Indian Medical Review
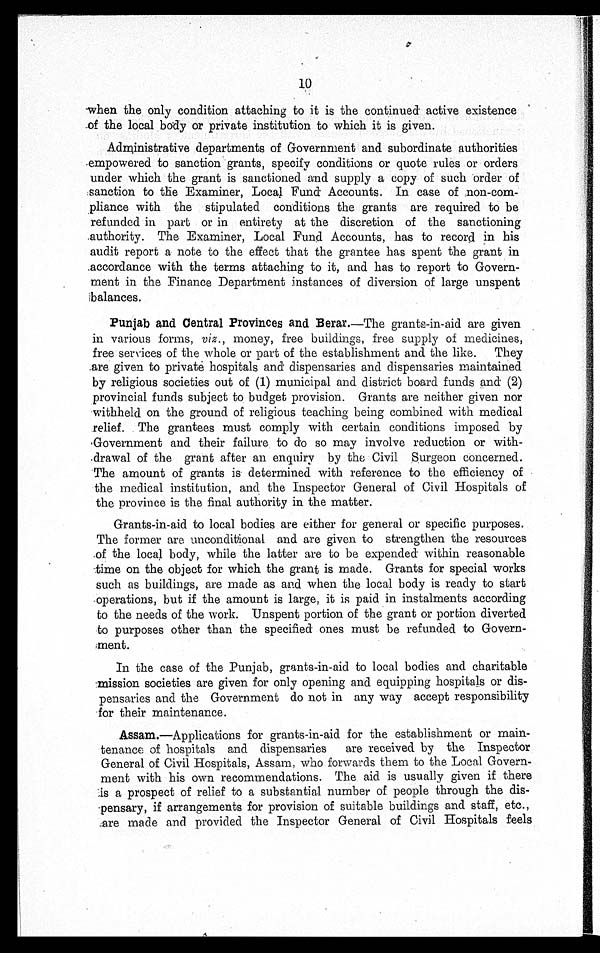
10
when the only condition attaching to it is the continued active existence
of the local body or private institution to which it is given.
Administrative departments of Government and subordinate authorities
empowered to sanction grants, specify conditions or quote rules or orders
under which the grant is sanctioned and supply a copy of such order of
sanction to the Examiner, Local Fund Accounts. In case of non-com
-pliance with the stipulated conditions the grants are required to be
refunded in part or in entirety at the discretion of the sanctioning
authority. The Examiner, Local Fund Accounts, has to record in his
audit report a note to the effect that the grantee has spent the grant in
accordance with the terms attaching to it, and has to report to Govern
-ment in the Finance Department instances of diversion of large unspent
balances.
Punjab and Central Provinces and Berar. —The grants-in-aid are given
in various forms, viz ., money, free buildings, free supply of medicines,
free services of the whole or part of the establishment and the like. They
are given to private hospitals and dispensaries and dispensaries maintained
by religious societies out of (1) municipal and district board funds and (2)
provincial funds subject to budget provision. Grants are neither given nor
withheld on the ground of religious teaching being combined with medical
relief. The grantees must comply with certain conditions imposed by
Government and their failure to do so may involve reduction or with
-drawal of the grant after an enquiry by the Civil Surgeon concerned.
The amount of grants is determined with reference to the efficiency of
the medical institution, and the Inspector General of Civil Hospitals of
the province is the final authority in the matter.
Grants-in-aid to local bodies are either for general or specific purposes.
The former are unconditional and are given to strengthen the resources
of the local body, while the latter are to be expended within reasonable
time on the object for which the grant is made. Grants for special works
such as buildings, are made as and when the local body is ready to start
operations, but if the amount is large, it is paid in instalments according
to the needs of the work. Unspent portion of the grant or portion diverted
to purposes other than the specified ones must be refunded to Govern
- m e n t .
In the case of the Punjab, grants-in-aid to local bodies and charitable
mission societies are given for only opening and equipping hospitals or dis
- p e n s a r i e s a n d t h e G o v e r n m e n t d o n o t i n a n y w a y a c c e p t r e s p o n s i b i l i t y
for their maintenance.
Assam .― Applications for grants-in-aid for the establishment or main
- t e n a n c e o f h o s p i t a l s a n d d i s p e n s a r i e s a r e r e c e i v e d b y t h e I n s p e c t o r
General of Civil Hospitals, Assam, who forwards them to the Local Govern
- m e n t w i t h h i s o w n r e c o m m e n d a t i o n s . T h e a i d i s u s u a l l y g i v e n i f t h e r e
is a prospect of relief to a substantial number of people through the dis
pensary, if arrangements for provision of suitable buildings and staff, etc.,
are made and provided the Inspector General of Civil Hospitals feels